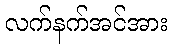
လက်နက်အင်အား